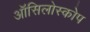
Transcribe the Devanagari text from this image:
ऑसिलोस्कोप